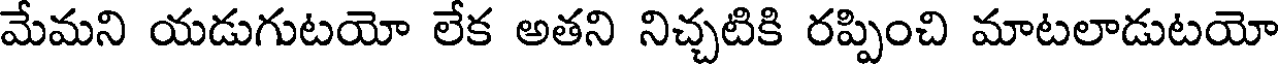
మేమని యడుగుటయో లేక అతని నిచ్చటికి రప్పించి మాటలాడుటయో